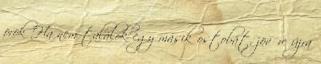
örök Ha nem találok egy másik ostobát, jövőre újra